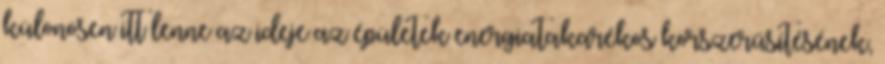
különösen itt lenne az ideje az épületek energiatakarékos korszerűsítésének,